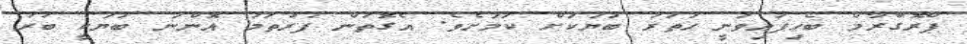
ޕްރޮގްރާމް ބެހިފައިވަނީ ހަތަރު ބަޔަކަށް ކަމަށެވެ. އެގޮތުން ފުރުތަމަ އޮންނަ ބަޔަކީ ބުރު